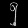
Digit: ၅